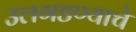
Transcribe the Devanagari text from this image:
उलगडण्याचे